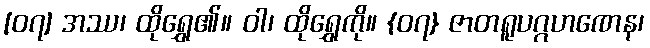
[၀၇] အဿ၊ ထိုရွှေ၏။ ဝါ၊ ထိုရွှေကို။ {၀၇} ဇာတရူပဂ္ဂဟဏေန၊